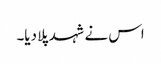
اس نے شہد پلا دیا۔